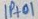
Text: IP+01